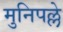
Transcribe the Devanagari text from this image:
मुनिपल्ले